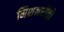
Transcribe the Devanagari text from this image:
मिशनरींची